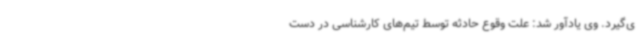
ی‌گیرد. وی یادآور شد: علت وقوع حادثه توسط تیم‌های کارشناسی در دست